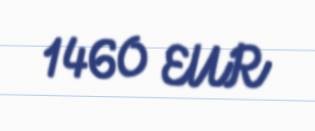
1460 EUR